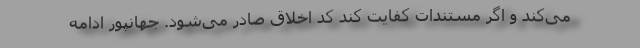
می‌کند و اگر مستندات کفایت کند کد اخلاق صادر می‌شود. جهانپور ادامه